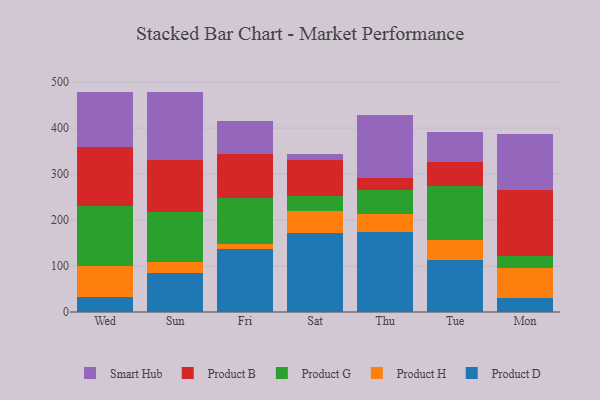
{"axis": {"x": "Day", "y": "Waste Production (Tons)"}, "legend": ["Product B", "Product D", "Product G", "Product H", "Smart Hub"], "data": [{"x": "Wed", "y": 33.6, "type": "Product D"}, {"x": "Wed", "y": 66.8, "type": "Product H"}, {"x": "Wed", "y": 130.2, "type": "Product G"}, {"x": "Wed", "y": 127.7, "type": "Product B"}, {"x": "Wed", "y": 121.1, "type": "Smart Hub"}, {"x": "Sun", "y": 85.3, "type": "Product D"}, {"x": "Sun", "y": 23.6, "type": "Product H"}, {"x": "Sun", "y": 109.3, "type": "Product G"}, {"x": "Sun", "y": 112.8, "type": "Product B"}, {"x": "Sun", "y": 147.4, "type": "Smart Hub"}, {"x": "Fri", "y": 137.7, "type": "Product D"}, {"x": "Fri", "y": 10.6, "type": "Product H"}, {"x": "Fri", "y": 100.2, "type": "Product G"}, {"x": "Fri", "y": 94.1, "type": "Product B"}, {"x": "Fri", "y": 71.8, "type": "Smart Hub"}, {"x": "Sat", "y": 172.0, "type": "Product D"}, {"x": "Sat", "y": 48.3, "type": "Product H"}, {"x": "Sat", "y": 31.3, "type": "Product G"}, {"x": "Sat", "y": 79.0, "type": "Product B"}, {"x": "Sat", "y": 13.4, "type": "Smart Hub"}, {"x": "Thu", "y": 173.9, "type": "Product D"}, {"x": "Thu", "y": 39.3, "type": "Product H"}, {"x": "Thu", "y": 52.9, "type": "Product G"}, {"x": "Thu", "y": 25.8, "type": "Product B"}, {"x": "Thu", "y": 137.6, "type": "Smart Hub"}, {"x": "Tue", "y": 113.9, "type": "Product D"}, {"x": "Tue", "y": 42.7, "type": "Product H"}, {"x": "Tue", "y": 116.5, "type": "Product G"}, {"x": "Tue", "y": 52.2, "type": "Product B"}, {"x": "Tue", "y": 67.0, "type": "Smart Hub"}, {"x": "Mon", "y": 29.6, "type": "Product D"}, {"x": "Mon", "y": 65.3, "type": "Product H"}, {"x": "Mon", "y": 26.0, "type": "Product G"}, {"x": "Mon", "y": 145.0, "type": "Product B"}, {"x": "Mon", "y": 121.0, "type": "Smart Hub"}]}